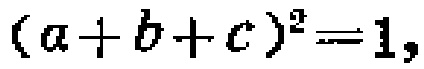
\((a + b + c)^2 = 1\)